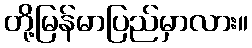
တို့မြန်မာပြည်မှာလား။